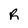
Character: R